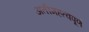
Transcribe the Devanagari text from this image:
अतीमहत्वपूर्ण